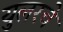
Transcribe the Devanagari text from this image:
युलरचे